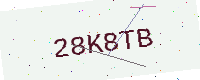
Text: 28K8TB